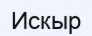
Искыр